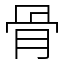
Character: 骨